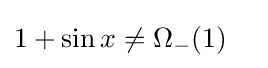
1+\sin x\neq \Omega _{-}(1)\quad